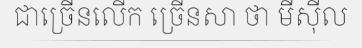
ជាច្រើនលើក ច្រើនសា ថា មីស៊ីល